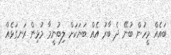
ބައެއް މީހުން ބުނޭ ދެ ބާރު އެއް ބަޔަކަށް ލިބުނީމާ މުޅިން ރަނގަޅެއް